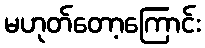
မဟုတ်တော့ကြောင်း